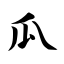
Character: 瓜